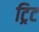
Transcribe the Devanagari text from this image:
ट्रिट